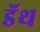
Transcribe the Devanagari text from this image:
डॅथ